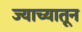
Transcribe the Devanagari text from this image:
ज्याच्यातून